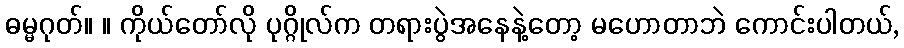
ဓမ္မဂုတ်။ ။ ကိုယ်တော်လို ပုဂ္ဂိုလ်က တရားပွဲအနေနဲ့တော့ မဟောတာဘဲ ကောင်းပါတယ်,